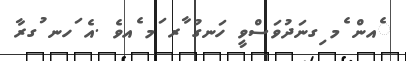
ެއން ެމ ިގނަދުވަސްވީ ހަނގު ާރ ަމ ެއވެ .އެ ަހނ ުގރާ